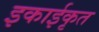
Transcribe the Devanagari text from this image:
इकाईकृत